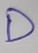
Text: D